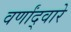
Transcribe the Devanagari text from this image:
वर्णांद्वारे